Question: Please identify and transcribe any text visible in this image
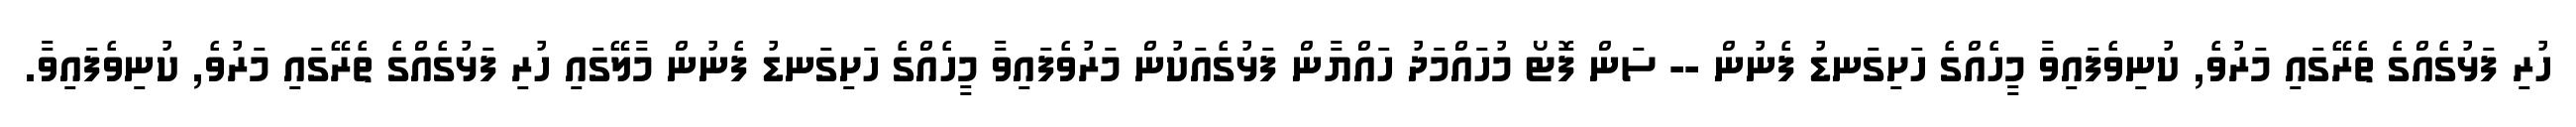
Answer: ހުރި ފަޅުގެއްގެ ތެރޭގައި މަރުވެ, ކުނިވެފައިވާ މީހެއްގެ ހަށިގަނޑު ފެނުން -- ސަން ފޮޓޯ މުހައްމަދު ހައްޔާން ފަޅުގެއަކުން މަރުވެފައިވާ މީހެއްގެ ހަށިގަނޑު ފެނުން މާލޭގައި ހުރި ފަޅުގެއްގެ ތެރޭގައި މަރުވެ, ކުނިވެފައިވާ.